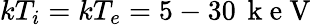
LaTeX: kT_{i}=kT_{e}=5-30\, \mathrm{~k~e~V~}